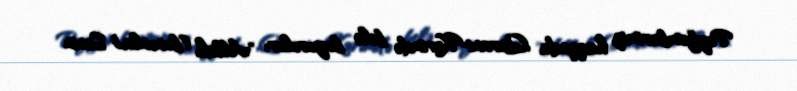
Peyğəmbərimiz haqqında Qurani-Kərimdə belə buyurulur: "Allah (bununla) Sənin